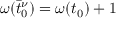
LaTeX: \omega ( \bar { t } _ { 0 } ^ { \nu } ) = \omega ( t _ { 0 } ) + 1